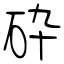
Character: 砕